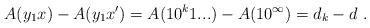
LaTeX: \begin{align*}A(y_1x) - A(y_1x') = A(10^k1...) - A(10^\infty) = d_k - d \ .\end{align*}